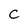
Character: C